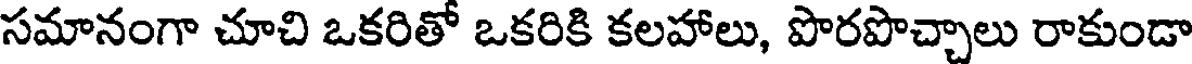
సమానంగా చూచి ఒకరితో ఒకరికి కలహాలు, పొరపొచ్చాలు రాకుండా